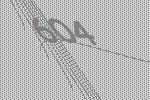
604